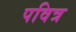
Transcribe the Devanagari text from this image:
पवित्र